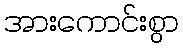
အားကောင်းစွာ